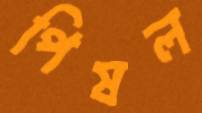
পিষল